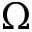
\Omega